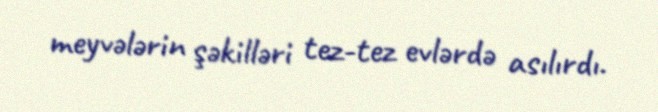
meyvələrin şəkilləri tez-tez evlərdə asılırdı.